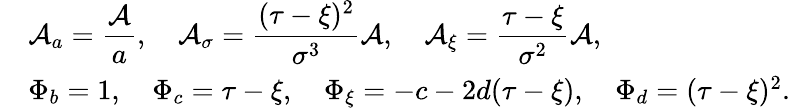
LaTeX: \begin{array}{rl}&{\mathcal{A}_{a}=\displaystyle\frac{\mathcal{A}}{a},\quad\mathcal{A}_{\sigma}=\displaystyle\frac{(\tau-\xi)^{2}}{\sigma^{3}}\mathcal{A},\quad\mathcal{A}_{\xi}=\displaystyle\frac{\tau-\xi}{\sigma^{2}}\mathcal{A},}\\ &{\Phi_{b}=1,\quad\Phi_{c}=\tau-\xi,\quad\Phi_{\xi}=-c-2d(\tau-\xi),\quad\Phi_{d}=(\tau-\xi)^{2}.}\end{array}